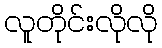
လူတိုင်းလိုလို